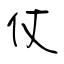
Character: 仗